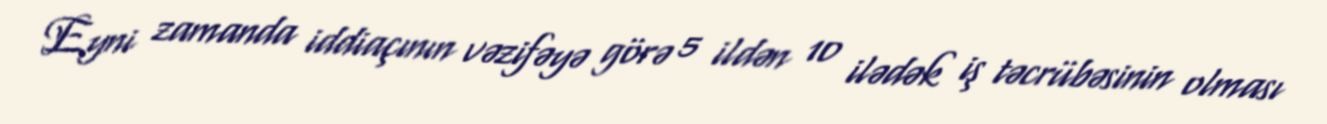
Eyni zamanda iddiaçının vəzifəyə görə 5 ildən 10 ilədək iş təcrübəsinin olması